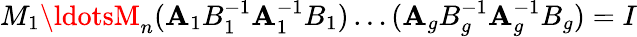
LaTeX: M_{1}\ldotsM_{n}(\mathbf{A}_{1}B_{1}^{-1}\mathbf{A}_{1}^{-1}B_{1})\ldots(\mathbf{A}_{g}B_{g}^{-1}\mathbf{A}_{g}^{-1}B_{g})=I